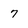
Character: 7